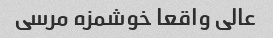
عالی واقعا خوشمزه مرسی